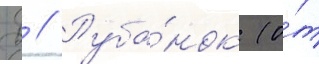
Д // Руба́нок (о́т